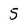
Character: 5